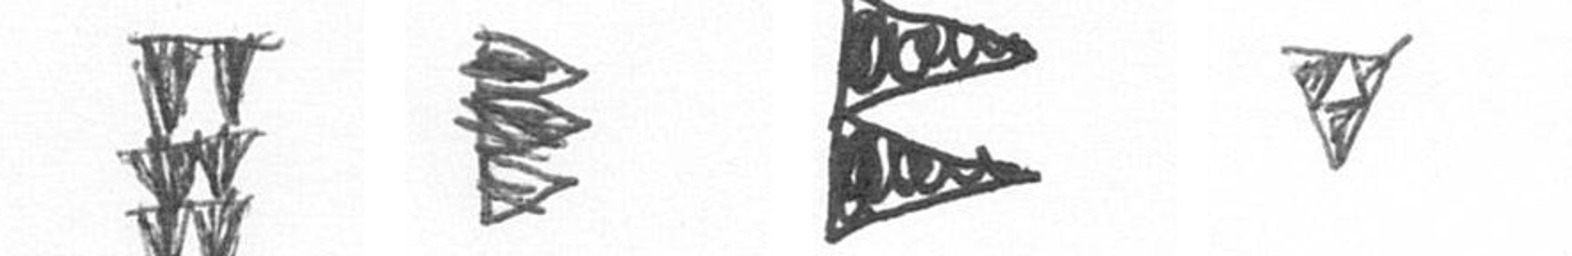
Y H P S